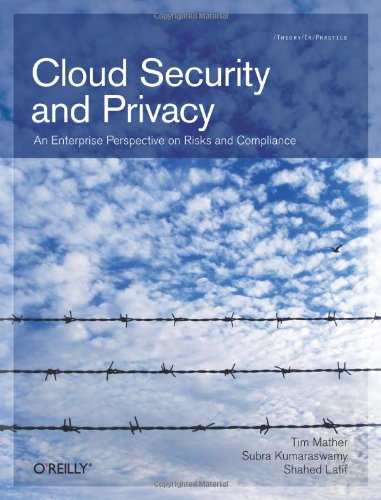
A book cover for Cloud Security and Privacy: An Enterprise Perspective on Risks and Compliance (Theory in Practice); Tim Mather; Computers & Technology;